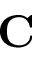
\mathbf { C }